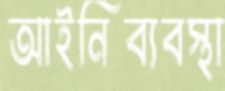
আইনিব্যবস্থা